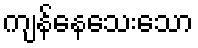
ကျန်နေသေးသော